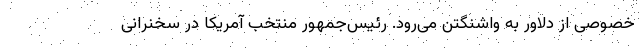
خصوصی از دلاور به واشنگتن می‌رود. رئیس‌جمهور منتخب آمریکا در سخنرانی